Report on sanitation, dispensaries, and jails in Rajputana for 1915, and on vaccination for the year 1915-1916 - 1915-1916
Year: 1915
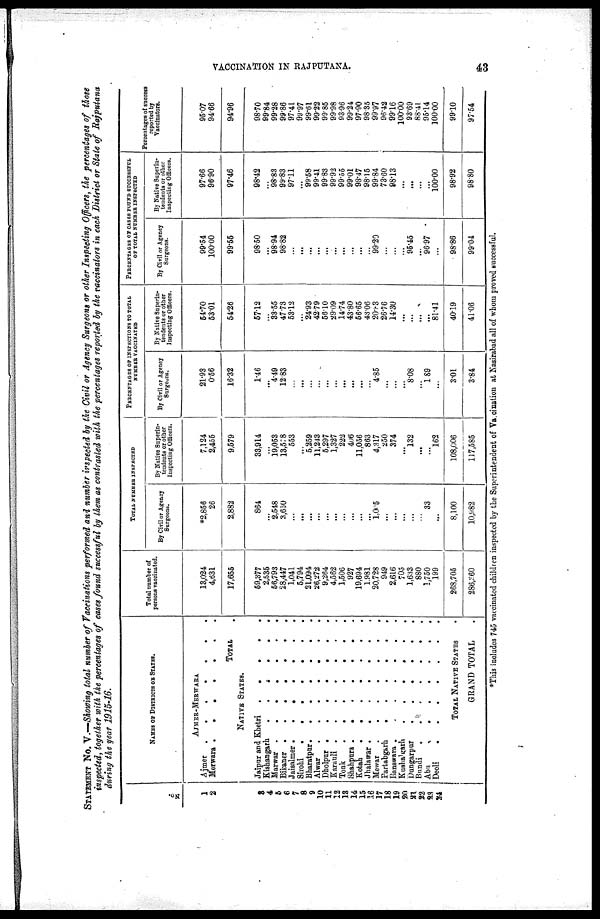
VACCINATION IN RAJPUTANA.
43
STATEMENT No. V.—Showing total number of Vaccinations performed and number inspected by the Civil or Agency Surgeons or other Inspecting Officers, the percentages of those
inspected, together with the percentages of cases found successful by them as contrasted with the percentages reported by the vaccinators in each District or State of Rajputana
during the year 1915-16.
No.
1
2
3
4
5
6
7
8
9
10
11
12
13
14
15
16
17
18
19
20
21
22
23
24
NAMES OF DISTRICTS OR STATES.
AJMER-MERWARA
Ajmer
.
.
.
.
.
.
Merwara . . . . . . .
TOTAL .
NATIVE STATES.
Jaipur and Khetri
.
.
.
.
.
Kishangarh
.
.
.
.
.
.
Marwar .
.
.
.
.
.
.
Bikaner
.
.
.
.
.
.
.
Jaisalmer .
.
.
.
.
.
.
Sirohi
.
.
.
.
.
.
.
Bharatpur
.
.
.
.
.
.
.
Alwar
.
.
.
.
.
.
.
Dholpur
.
.
.
.
.
.
Karauli
.
.
.
.
.
.
.
Tonk
.
.
.
.
.
.
.
Shahpura .
.
.
.
.
.
.
Kotah
.
.
.
.
.
.
Jhalawar
.
.
.
.
.
.
.
Mewar
.
.
.
.
.
.
.
Partabgarh
.
.
.
.
.
.
Banswara
.
.
.
.
.
.
.
Kushalgarh
.
.
.
.
.
.
Dungarpur
.
.
.
.
.
.
Bundi
.
.
.
.
.
.
.
Abu
.
.
.
.
.
.
.
Deoli
.
.
.
.
.
.
.
TOTAL NATIVE STATES .
GRAND TOTAL .
Total number of
persons vaccinated.
13,024
4,631
17,655
59,377
2,535
56,793
28,447
1,041
5,794
21,094
26,272
9,264
4,562
1,506
927
19,694
1,981
20,728
949
2,616
705
1,633
880
1,750
199
268,705
286,360
TOTAL NUMBER INSPECTED
By Civil or Agency
Surgeons.
*2,856
26
2,882
864
...
2,548
3,650
...
...
...
...
...
...
...
...
...
...
1,005
...
...
...
...
...
33
...
8,100
10,982
By Native Superin-
tendents or other
Inspecting Officers.
7,124
2,455
9,579
33,914
...
19,053
13,578
553
...
5,259
11,243
5,297
1,327
222
406
11,056
863
4,317
250
374
...
132
...
...
162
108,006
117,585
PERCENTAGES OF INSPECTIONS TO TOTAL
NUMBER VACCINATED
By Civil or Agency
Surgeons.
21.93
0.56
16.32
1.46
...
4.49
12.83
...
...
...
...
...
...
...
...
...
...
4.85
...
...
...
8.08
...
1.89
...
3.01
3.84
By Native Superin-
tendents or other
Inspecting Officers.
54.70
53.01
54.26
57.12
...
33.55
47.73
53.12
...
24.93
42.79
56.10
29.09
14.74
43.80
56.65
43.06
20.83
26.76
14.30
...
...
...
...
81.41
40.19
41.06
PERCENTAGES OF CASES FOUND SUCCESSFUL
OF TOTAL NUMBER INSPECTED
By Civil or Agency
Surgeons.
99.54
100.00
99.55
98.50
...
98.94
98.82
...
...
...
...
...
...
...
...
...
...
99.20
...
...
...
95.45
...
96.97
...
98.86
99.04
By Native Superin-
tendents or other
Inspecting Officers.
97.66
96.90
97.46
98.42
...
98.83
99.83
97.11
...
99.58
99.41
99.83
99.92
99.55
99.01
98.47
98.15
99.84
73.60
98.13
...
...
...
...
100.00
98.92
98.80
Percentages of success
reported by
Vaccinators.
95.07
94.66
94.96
98.70
99.84
99.28
99.86
97.41
99.97
99.61
99.22
99.85
99.98
93.96
99.24
97.90
98.35
99.97
96.42
99.16
100.00
93.69
88.41
95.14
100.00
99.10
97.54
*This includes 745 vaccinated children inspected by the Superintendent of Vaccination at Nasirabad all of whom proved successful.